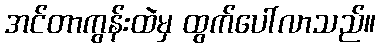
အင်တာကွန်းထဲမှ ထွက်ပေါ်လာသည်။